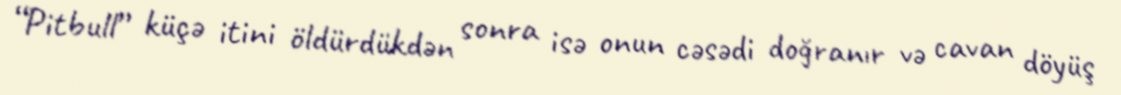
“Pitbull” küçə itini öldürdükdən sonra isə onun cəsədi doğranır və cavan döyüş